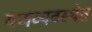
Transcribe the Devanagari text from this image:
गणव्यवस्थेत